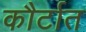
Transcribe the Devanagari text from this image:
कौर्टात